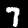
Label: 7